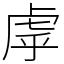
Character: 虖